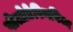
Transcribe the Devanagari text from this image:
पोलोटेरियनिज्म